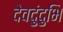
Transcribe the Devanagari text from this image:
देवदुंदुभि